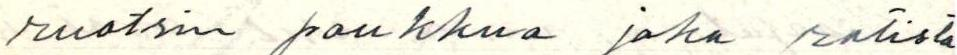
ruotsin paukkua joka ratista